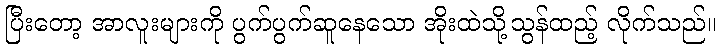
ပြီးတော့ အာလူးများကို ပွက်ပွက်ဆူနေသော အိုးထဲသို့သွန်ထည့် လိုက်သည်။